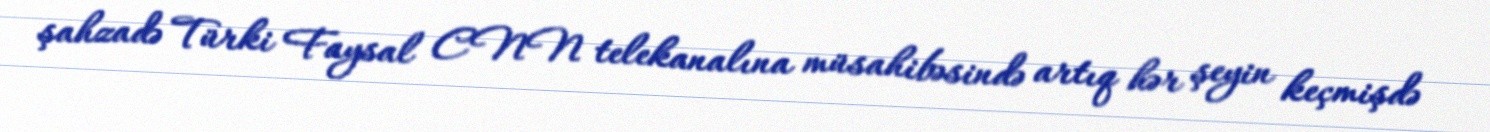
şahzadə Türki Faysal CNN telekanalına müsahibəsində artıq hər şeyin keçmişdə